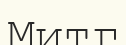
Митг